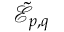
\tilde { \mathcal { E } } _ { p , q }